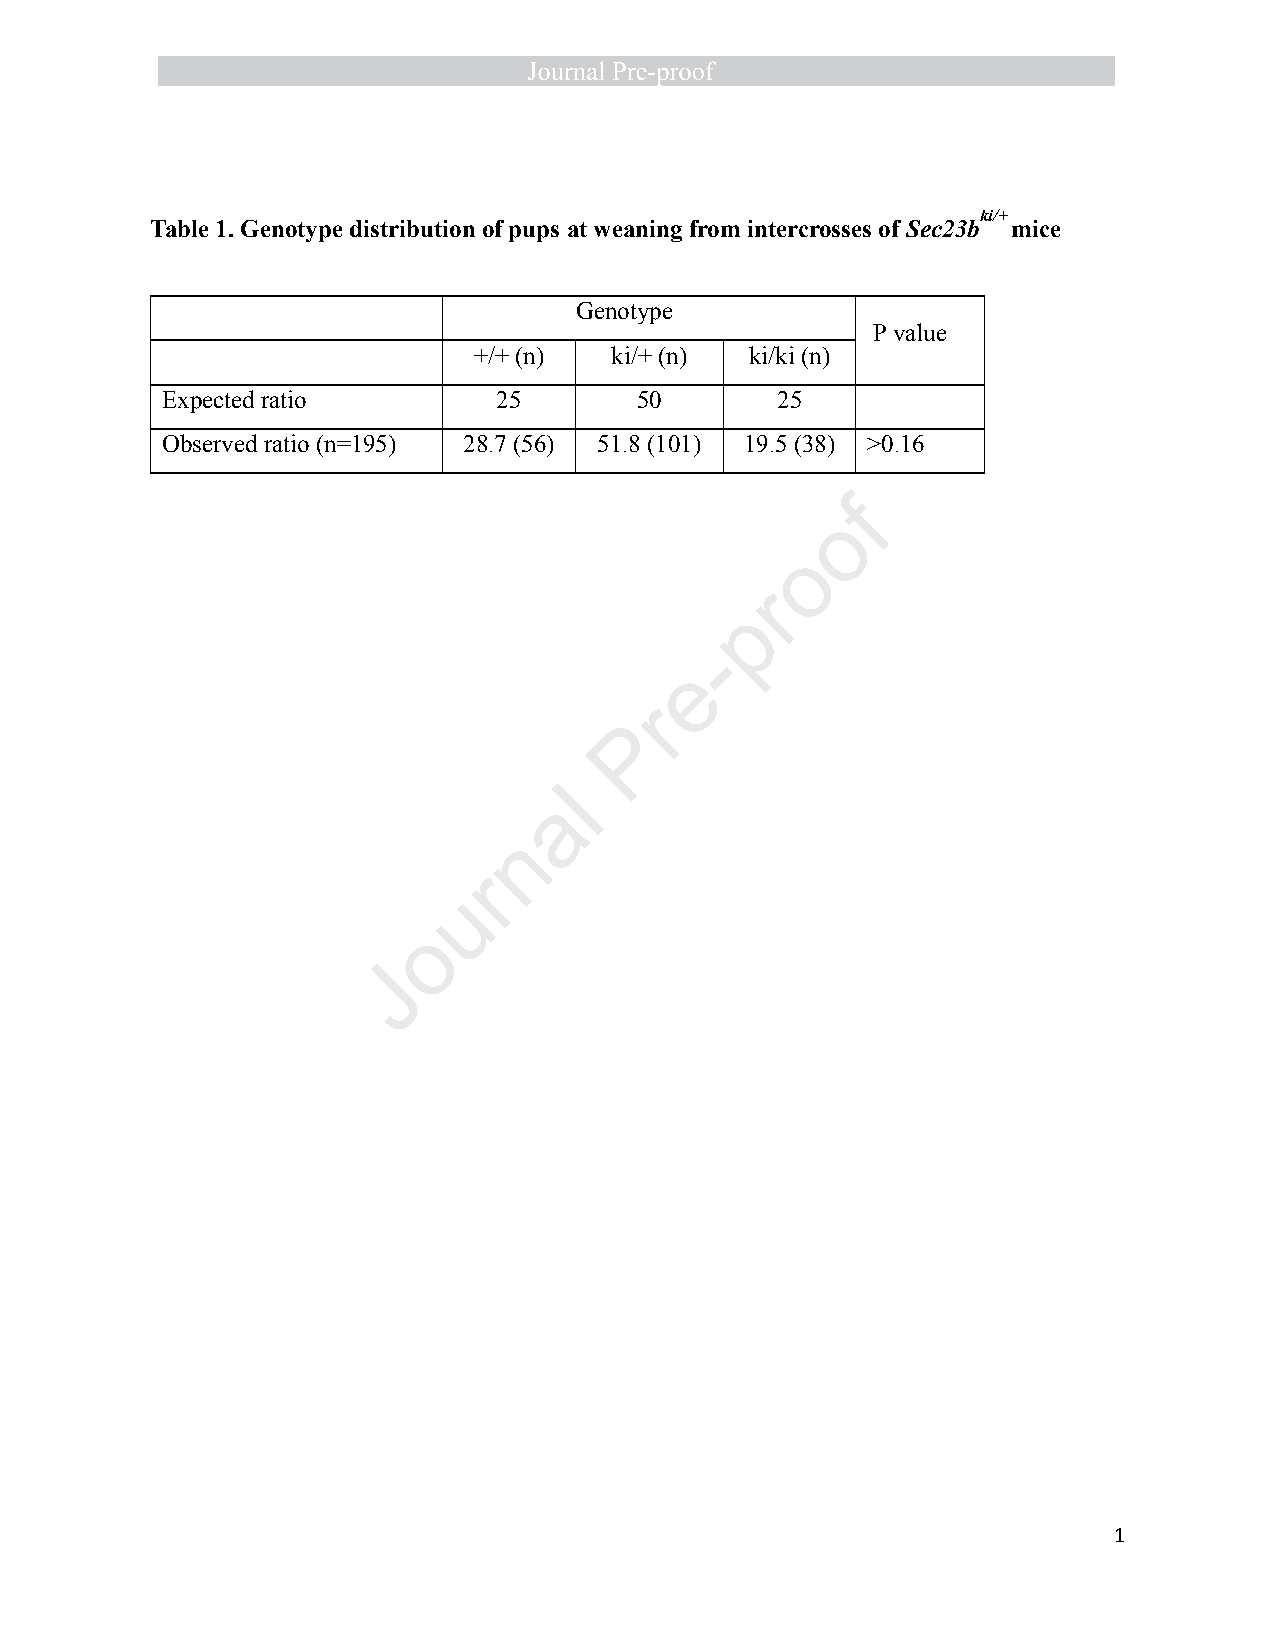
ki/+
 Table 1. Genotype distribution of pups at weaning from intercrosses of Sec23b mice
 Genotype
 P value
 +/+ (n)  ki/+ (n)  ki/ki (n)
 Expected ratio        25       50       25
 Observed ratio (n=195) 28.7 (56) 51.8 (101) 19.5 (38) >0.16
 f
 o
 o
 r
 p
 -
 e
 r
 P
 l
 a
 n
 r
 u
 o
 J
 1